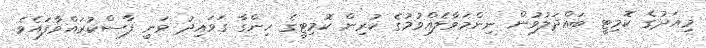
މިއަދުގެ ކޮމިޓީ ބައްދަލުވުން ނިންމަވާލެއްވުމުގެ ކުރިން ކޮމިޓީގެ ހިންގާ ގަވައިދު ވަނީ ފާސްކުރައްވާފައެވެ.